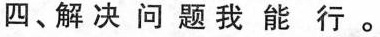
四、解决问题我能行。